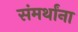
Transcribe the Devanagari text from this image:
संमर्थांना